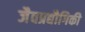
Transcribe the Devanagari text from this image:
जैवप्रद्यौगिकी